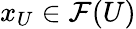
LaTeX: x_{U}\in{\mathcal{F}}(U)